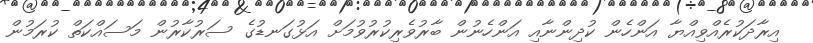
އިރާދަކުރެއްވިއްޔާ އަންހެން ކުދިންނާއި އަންހެނުން ބާރުވެރިކުރުވުމަށް އަޅުގަނޑުގެ ސަރުކާރުން މަސައްކަތް ކުރަމުން